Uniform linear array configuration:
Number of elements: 12
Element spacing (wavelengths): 0.25
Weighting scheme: kaiser
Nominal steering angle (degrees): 30
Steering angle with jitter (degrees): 29.325
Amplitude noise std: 0.05
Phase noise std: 0.05

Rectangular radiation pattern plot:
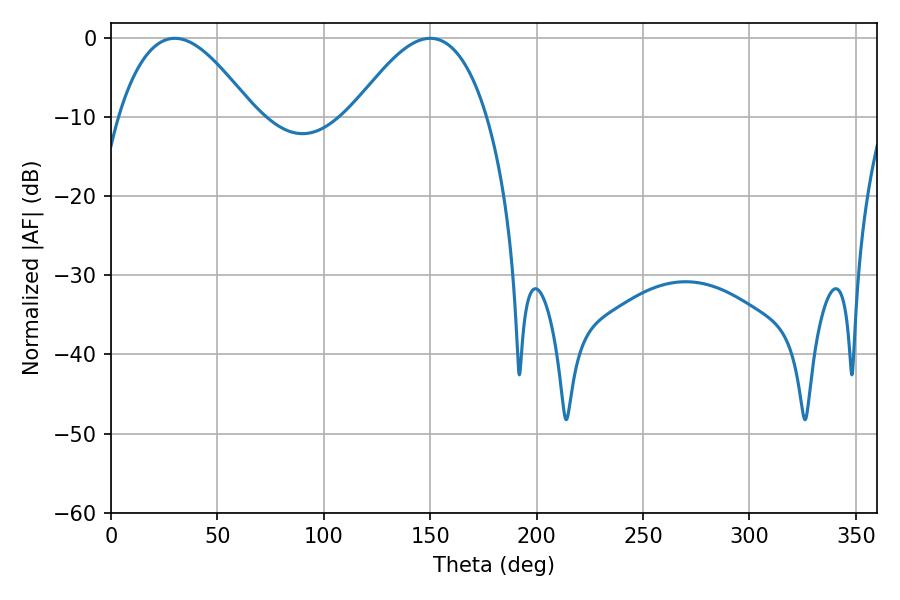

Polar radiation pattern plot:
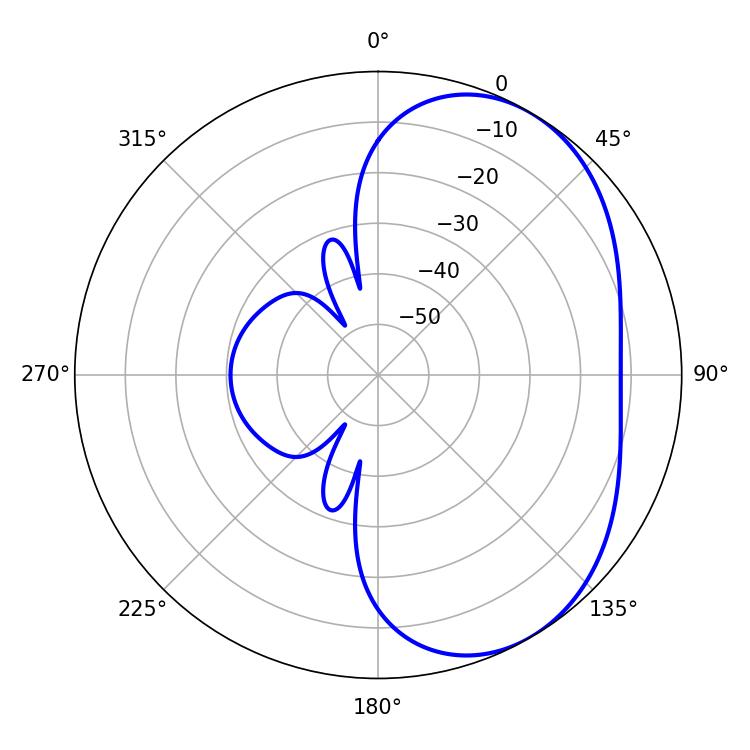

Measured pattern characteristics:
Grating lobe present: FALSE
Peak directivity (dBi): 4.329
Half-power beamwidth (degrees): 34.56
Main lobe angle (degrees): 30.06